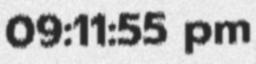
09:11:55 pm